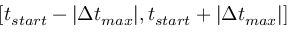
[ t _ { s t a r t } - | \Delta t _ { m a x } | , t _ { s t a r t } + | \Delta t _ { m a x } | ]